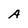
Character: A